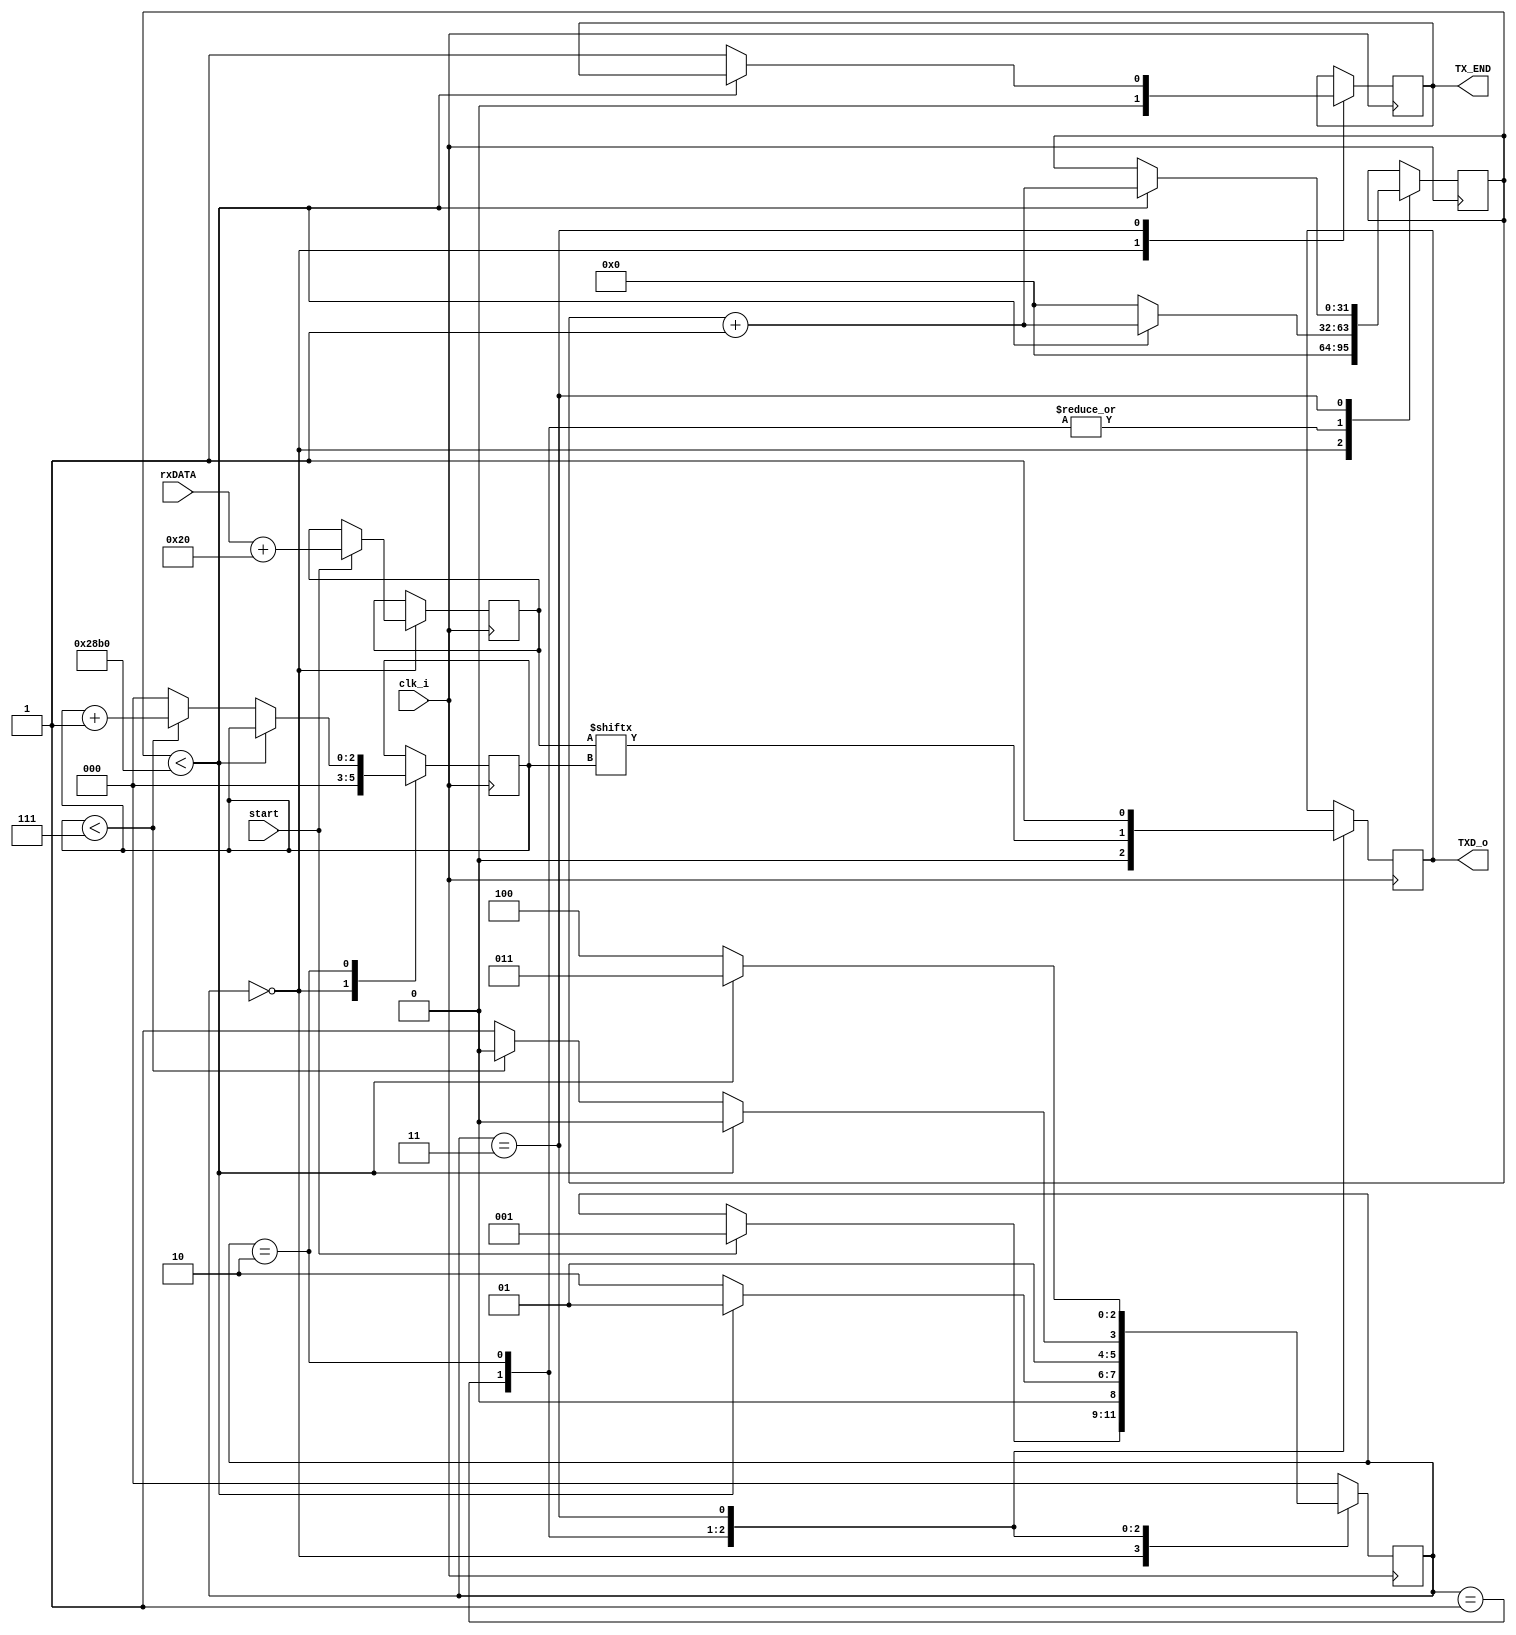
module nadajnik(input clk_i,
                input [7:0]rxDATA,
                input start,
                output TXD_o,
                output TX_END
                );
parameter s_SPOCZYNEK = 3'b000;
parameter s_START = 3'b001;
parameter s_DATA = 3'b010;
parameter s_STOP = 3'b011;
parameter s_CZYSZCZENIE = 3'b100;
reg [2:0] SM = 0;
reg [31:0] licznik =0;
reg [2:0] licznikBIT =0;
reg przesylanie = 0;
reg [7:0]txDATA =0;
reg tx = 1;
reg txKONIEC = 0;
always @(posedge clk_i) begin
    case(SM)
        s_SPOCZYNEK:
            begin
                txKONIEC <= 0;
                licznik <= 0;
                licznikBIT <=0;
                if(start == 1) begin
                    przesylanie <= 1;
                    txDATA <= rxDATA + 8'h20;
                    SM <= s_START;
                end
            end
        s_START:
            begin
                tx <= 1'b0;
                if(licznik < 10416) begin
                    licznik <= licznik +1;
                    SM <= s_START;
                end
                else begin
                    licznik = 0;
                    SM <= s_DATA;
                end
            end
        s_DATA:
            begin
                tx<=txDATA[licznikBIT];
                if(licznik <10416)begin
                    licznik <= licznik + 1;
                    SM <= s_DATA;
                end
                else begin
                    licznik = 0;
                    if(licznikBIT <7)begin
                        licznikBIT<=licznikBIT +1;
                        SM<=s_DATA;
                    end
                    else begin
                        licznikBIT<=0;
                        SM <=s_STOP;
                    end
                end
            end
        s_STOP:
            begin
                tx<=1'b1;
                if(licznik < 10416) begin
                    licznik <= licznik +1;
                    SM<=s_STOP;
                end
                else begin
                txKONIEC = 1'b1;
                SM <= s_CZYSZCZENIE;
                end
            end
        s_CZYSZCZENIE:
            begin
                SM <= s_SPOCZYNEK;
                przesylanie <= 1'b0;
            end
        default:
             begin
                SM <=s_SPOCZYNEK;
        end
    endcase
end
assign TXD_o = tx;
assign TX_END = txKONIEC;
endmodule